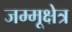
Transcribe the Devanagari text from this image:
जम्मूक्षेत्र